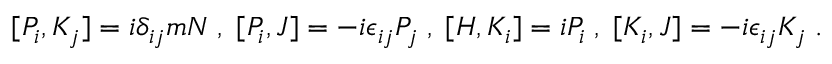
[ P _ { i } , K _ { j } ] = i \delta _ { i j } m N \; , \; [ P _ { i } , J ] = - i \epsilon _ { i j } P _ { j } \; , \; [ H , K _ { i } ] = i P _ { i } \; , \; [ K _ { i } , J ] = - i \epsilon _ { i j } K _ { j } \; .